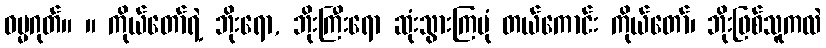
ဓမ္မဂုတ်။ ။ ကိုယ်တော်ရဲ့ ဘိုးရော, ဘိုးကြီးရော ဆုံးသွားကြပုံ တယ်ကောင်း ကိုယ်တော်၊ ဘိုးဖြစ်သူကလဲ